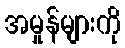
အမှုန်များကို